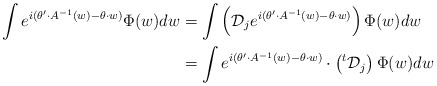
\begin{align*}\int e^{i(\theta' \cdot A^{-1}(w)-\theta\cdot w)} \Phi(w) dw&=\int \left(\mathcal{D}_je^{i(\theta' \cdot A^{-1}(w)-\theta\cdot w)}\right)\Phi(w) dw \\&= \int e^{i(\theta' \cdot A^{-1}(w)-\theta\cdot w)}\cdot \left({}^t\mathcal{D}_j\right)\Phi(w) dw\end{align*}